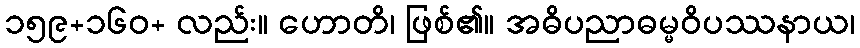
၁၅၉+၁၆၀+ လည်း။ ဟောတိ၊ ဖြစ်၏။ အဓိပညာဓမ္မဝိပဿနာယ၊